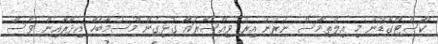
ކޯސްޓްގާޑުން މި އިލްތިމާސް ނެރުނު އިރު ވިއްސާރައާ ގުޅިގެން މޫސުމާބެހޭ އިދާރާއިން ވެސް